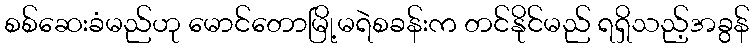
စစ်ဆေးခံမည်ဟု မောင်တောမြို့မရဲစခန်းက တင်နိုင်မည် ရရှိသည့်အခွန်